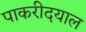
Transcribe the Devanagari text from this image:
पाकरीदयाल